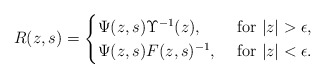
\begin{align*}R(z,s)=\begin{cases}\Psi(z,s)\Upsilon^{-1}(z),&\mbox{ for $|z| > \epsilon$,}\\\Psi(z,s)F(z,s)^{-1},&\mbox{ for $|z| < \epsilon$.}\end{cases}\end{align*}